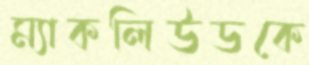
ম্যাকলিউডকে